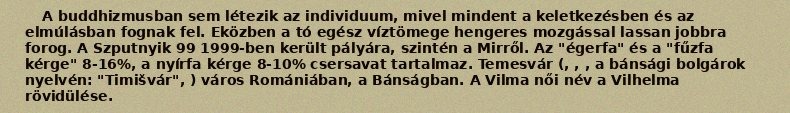
A buddhizmusban sem létezik az individuum, mivel mindent a keletkezésben és az elmúlásban fognak fel. Eközben a tó egész víztömege hengeres mozgással lassan jobbra forog. A Szputnyik 99 1999-ben került pályára, szintén a Mirről. Az "égerfa" és a "fűzfa kérge" 8-16%, a nyírfa kérge 8-10% csersavat tartalmaz. Temesvár (, , , a bánsági bolgárok nyelvén: "Timišvár", ) város Romániában, a Bánságban. A Vilma női név a Vilhelma rövidülése.